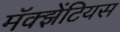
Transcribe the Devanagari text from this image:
मॅक्झेंटियस